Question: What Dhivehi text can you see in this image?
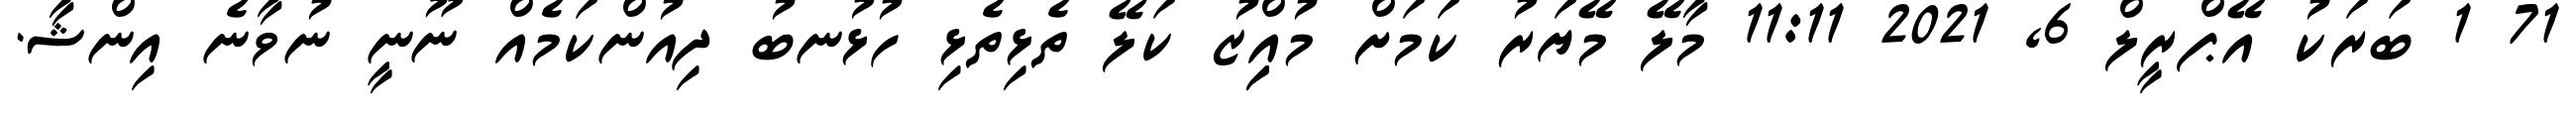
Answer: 71 1 ބަރަކު އޭޕްރީލް 6, 2021 11:11 މާލޭ މޭޔަރު ކަމަށް މުއިިިިިްޒު ކަލޭ ތެޅިތެޅި ހުޅުނބު ދިއުންކަމެއް ނޫނީ ނުވާނެ އިންޝާ.